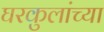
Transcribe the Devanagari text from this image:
घरकुलांच्या